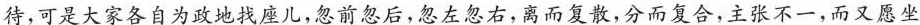
待，可是大家各自为政地找座儿，忽前忽后，忽左忽右，离而复散，分而复合，主张不-一，而又愿坐